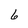
Character: 6